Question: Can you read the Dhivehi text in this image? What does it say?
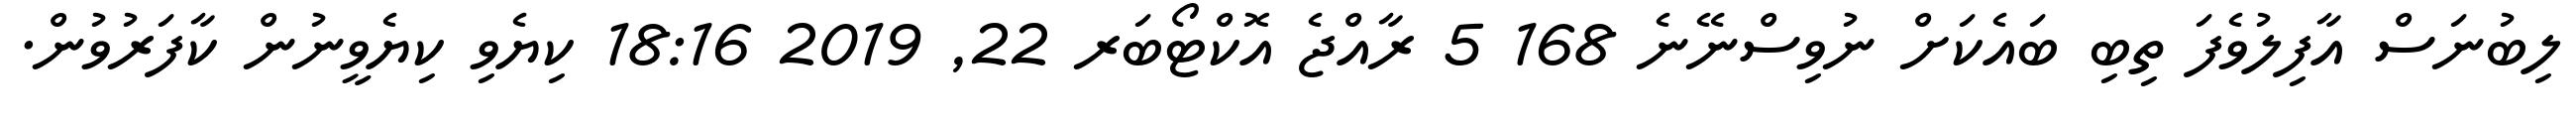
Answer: ލިބުނަސް އާފިލުވެފަ ތިބި ބައެކަށް ނުވިސްނޭނެ 168 5 ރާއްޖެ އޮކްޓޯބަރ 22, 2019 18:16 ކިޔެވި ކިޔެވީނުން ކާފަރުވުން.